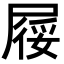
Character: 𡲾